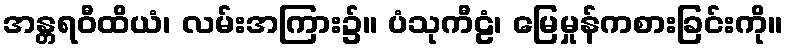
အန္တရဝီထိယံ၊ လမ်းအကြား၌။ ပံသုကီဠံ၊ မြေမှုန်ကစားခြင်းကို။